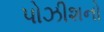
પોઝીશનો